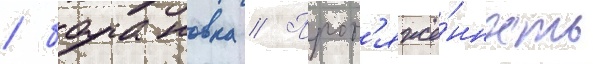
/ барановка // Прот'яжё́нность